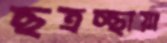
ছত্রচ্ছায়া